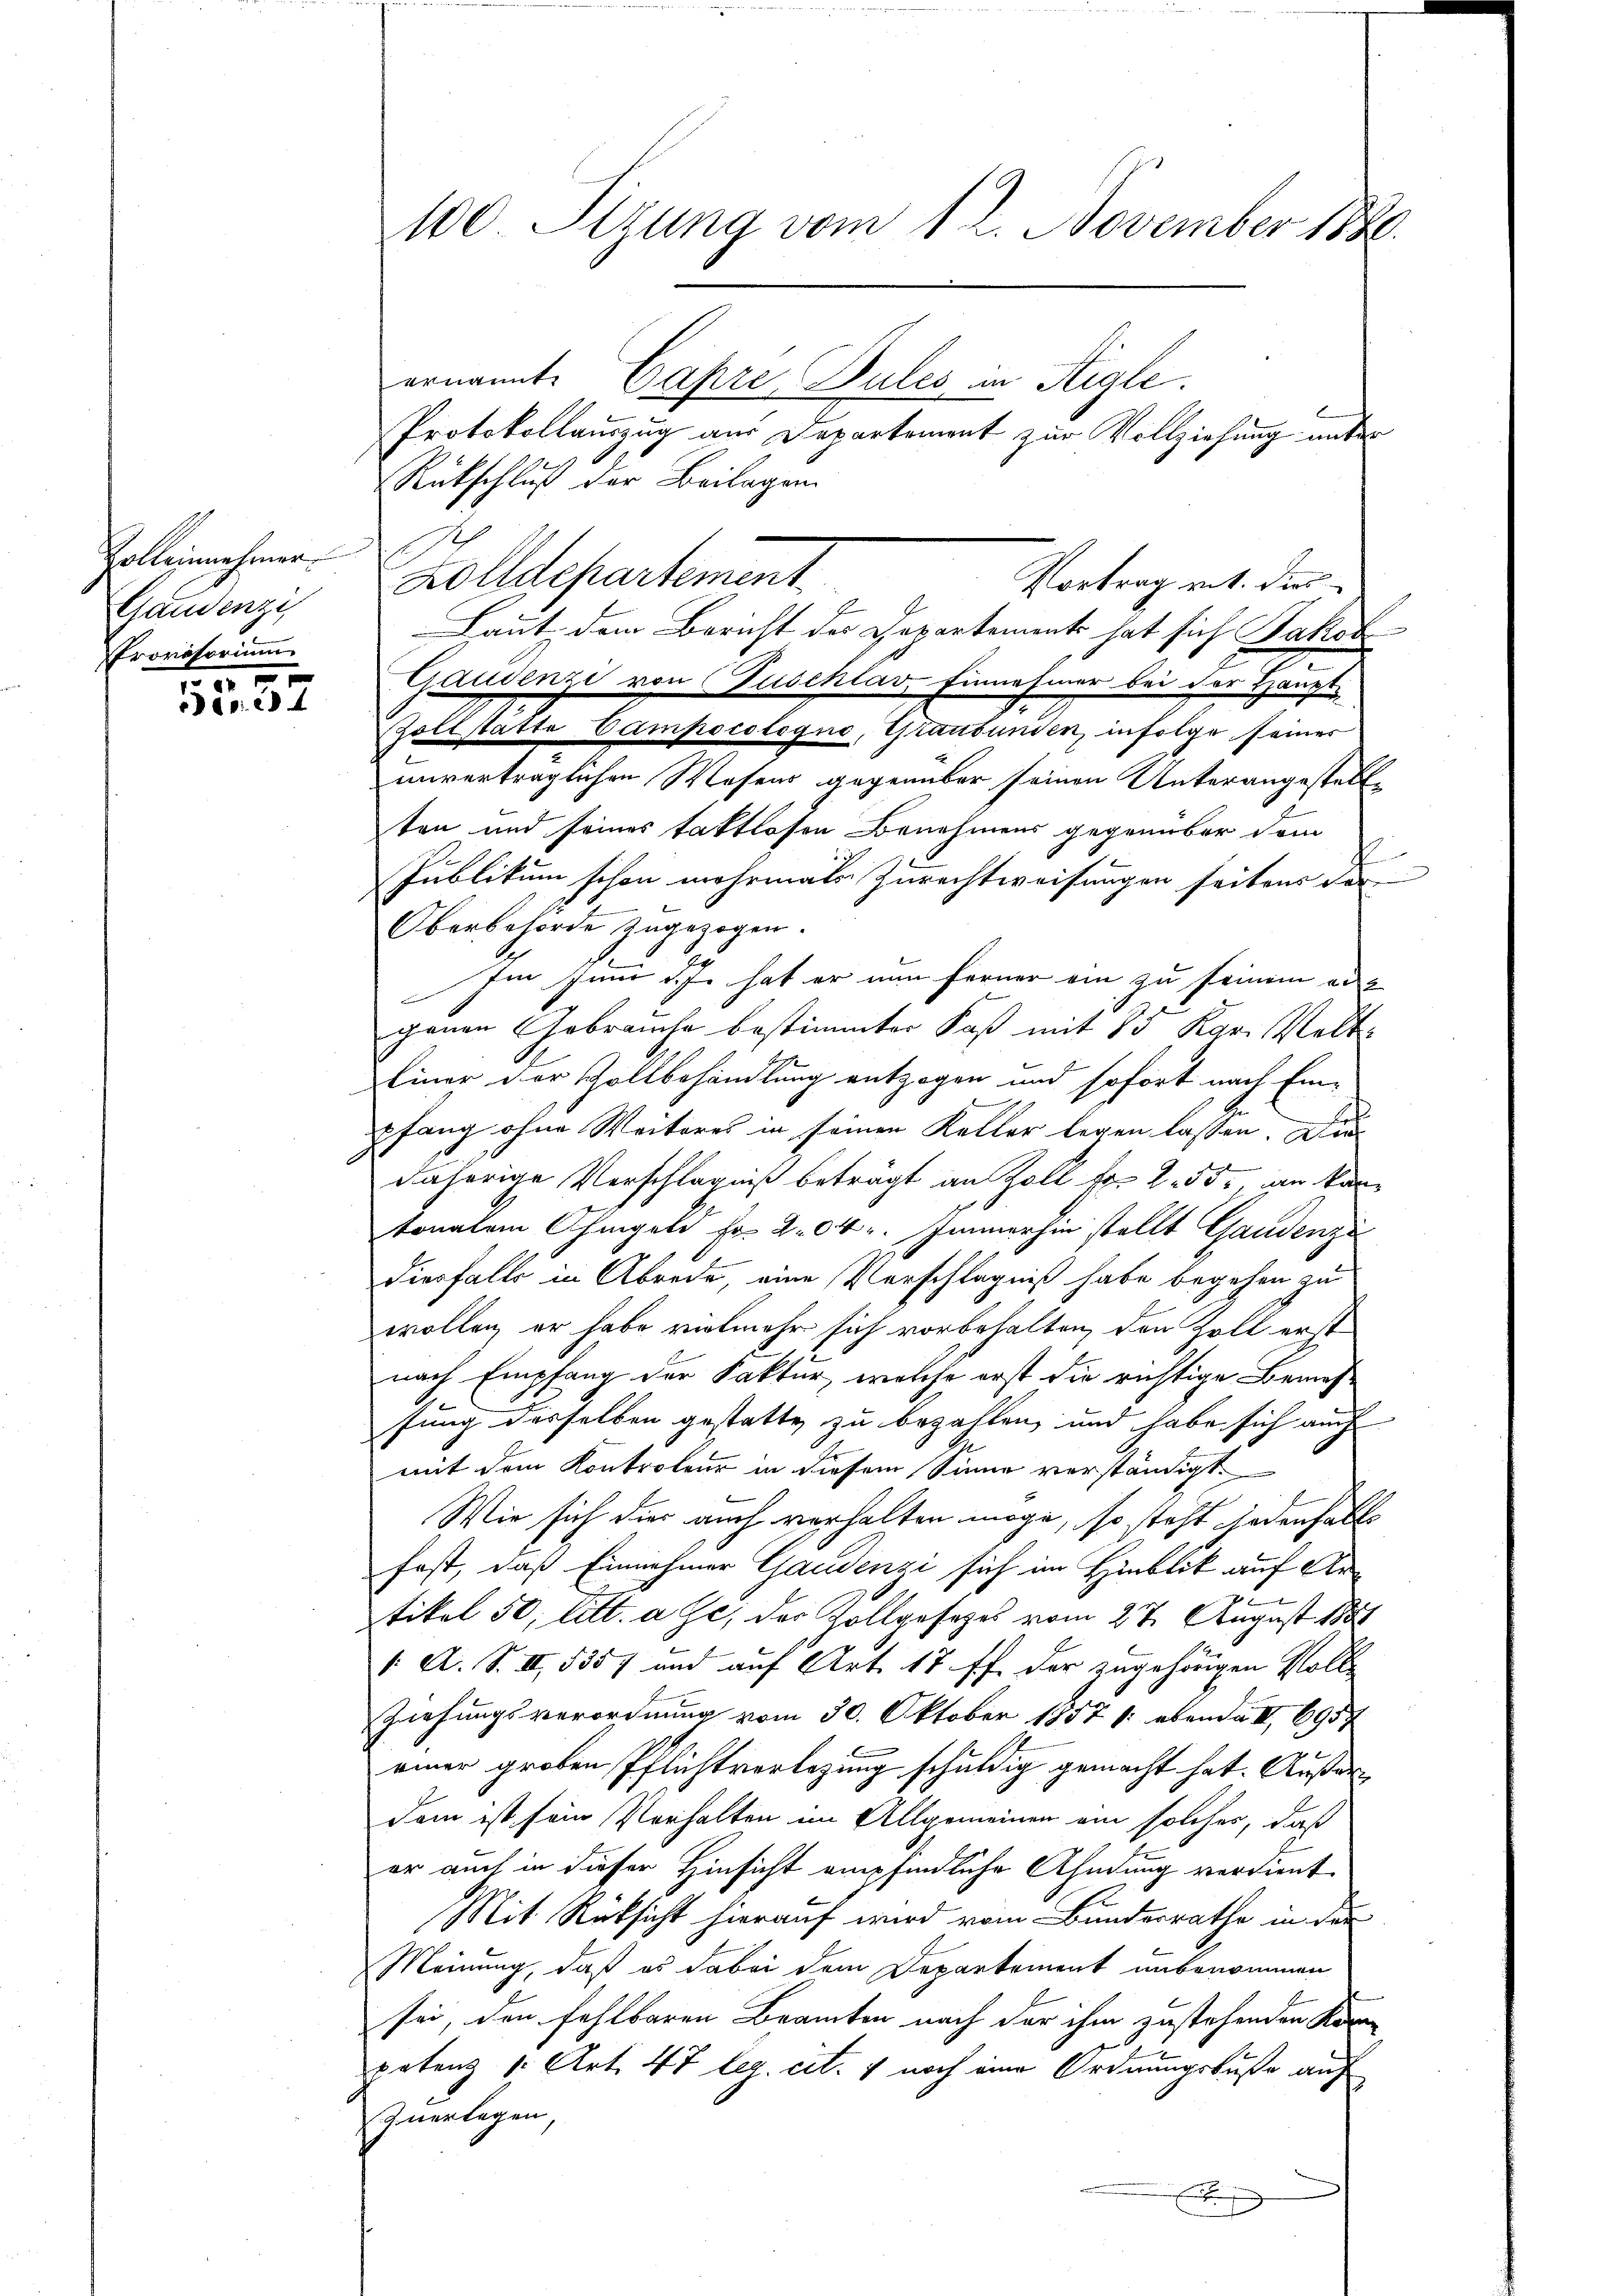
Zolleinmehrer
Gaudenzi
Provisorium

3
Bar.

100. Sizung vom 12. November 1886.

ernannte Capre Wules in Aigle.
Protokollauszug aus Departement zur Vollziehung unter
Rückschluß der Beilagen
Zolldepartement
Haut dem Bericht des Repartements hat sich Jakob
Gaudenzi von Zuschlav Einnehmer bei der Haupt-
Zollstatte Campocologno, Graubünden, infolge seiner
unverträglichen Wesens gegenüber seinen Unterangestellten und seines taktlosen Benehmens gegenüber dem
1
Publikum schon mehrmals Zurechtweisungen seitens der
u
Oberbehörde zugezogen.
Im Zimme ich hat er nun ferner ein zu seinem an- |
genen Gebrauche bestimmter Faß mit 15 Kgr. Velt¬
Einer der schollbehandlung entzogen und sofort nach Ein-
pfang ohne Weiteres in seinen Keller legen lassen. Der
daherige Verschlagniß beträgt an Zoll fr. 2. 55. an kan-
tonalem Ohmgeld Fr. 204. Immerhin stellt Gaudenzi
diesfalls in Abrede, eine Vorschlagniß habe begehen zu
wollen, er habe vielmehr sich vorbehalten, den Zoll erst
nach Empfang der Faktur, welche erst die richtige Bemesfung desselben gestatte zu bezahlen, und habe sich auch
mit dem Kontroleur in diesem Sinne verständigt.
Wie sich dies auch verhalten möge, so steht jedenfalls
fast, daß Einnehmer Gaudenzi sich im Hinblik auf An¬
u
tikel 50, litt. a Ge, der Zollgesetzes vom 27. August 1888
1. A. S. III 5357 und auf Art. 17 ff. der zugehörigen Voll¬
Ziehungsverordnung vom 30. Oktober 1857 (: ebenda III 6957
einer groben Pflichtverlegung schuldig gemacht hat. Außerdem ist sein Verhalten im Allgemeinen ein solcher, daß
er auch in dieser Hinsicht empfindliche Ahndung verdient
Mit Rücksicht hierauf wird vom Bundesrathe in der
Meinung, daß es dabei dem Departement unbenommen
sei, den fehlbaren Beamten nach der ihm zustehenden Kan
petenz v. Art. 47 leg. cit. 1 noch eine Ordnungsbuße auf
Inerlagen
F

Vortrag mit. dies